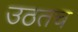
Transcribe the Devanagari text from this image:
उठतच